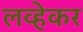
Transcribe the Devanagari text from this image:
लव्हेकर